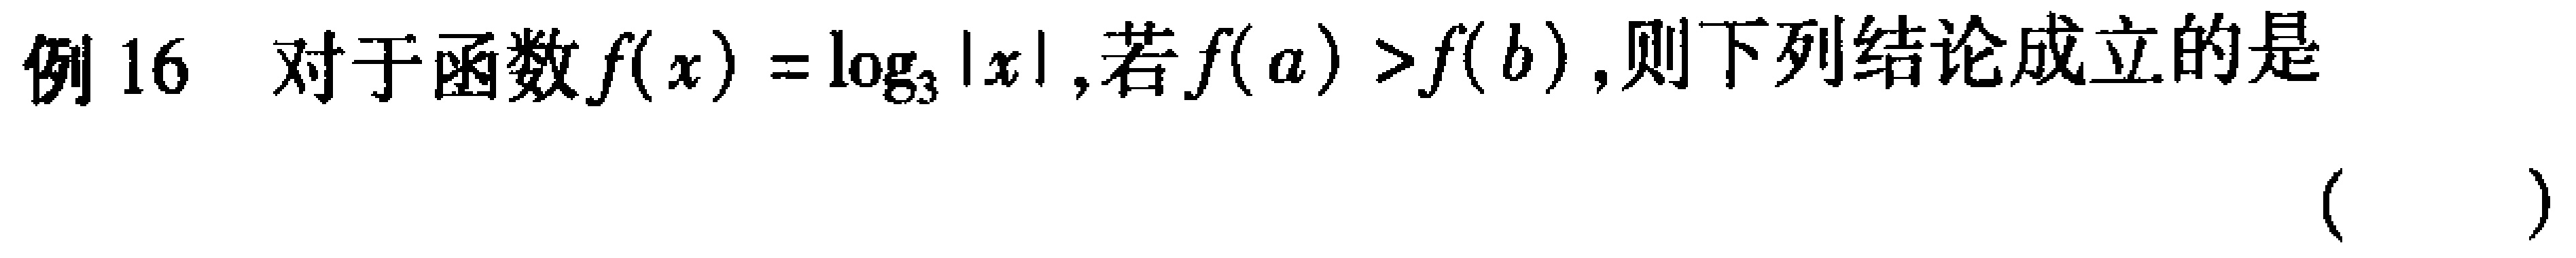
例 16 对于函数\(f(x)=\log_{3}|x|\)，若\(f(a)>f(b)\)，则下列结论成立的是 （  ）